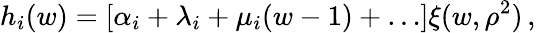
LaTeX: h_{i}(w)=[\alpha_{i}+\lambda_{i}+\mu_{i}(w-1)+\ldots]\xi(w,\rho^{2})\, ,